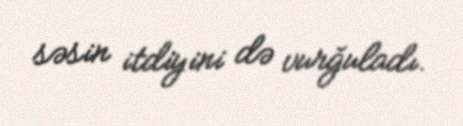
səsin itdiyini də vurğuladı.